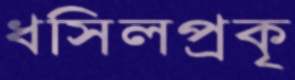
ধসিলপ্রকৃ